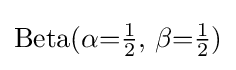
{\textstyle \operatorname {Beta} (\alpha {=}{\tfrac {1}{2}},\,\beta {=}{\tfrac {1}{2}})}